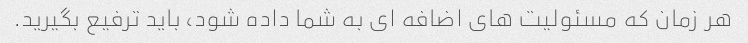
هر زمان که مسئولیت های اضافه ای به شما داده شود، باید ترفیع بگیرید.